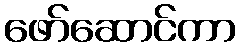
ဖော်ဆောင်ကာ